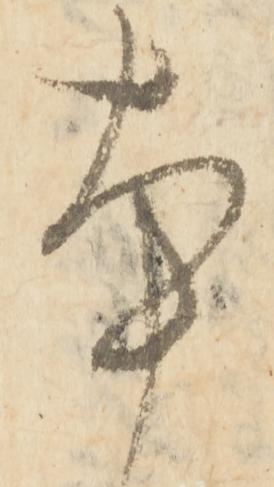
本